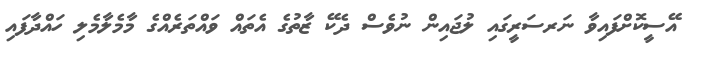
އޭސީކޮށްފައިވާ ނަރސަރީގައި ލުޖައިން ނުވެސް ދެކޭ ޒާތުގެ އެތައް ވައްތަރެއްގެ މާމެލާމެލި ހައްދާފައި